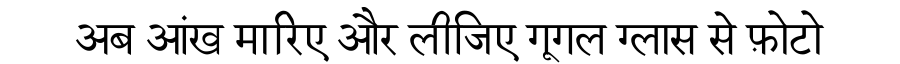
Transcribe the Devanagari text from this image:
अब आंख मारिए और लीजिए गूगल ग्लास से फ़ोटो